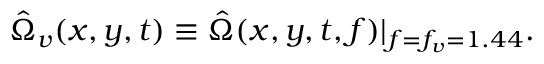
\hat { \Omega } _ { v } ( x , y , t ) \equiv \hat { \Omega } ( x , y , t , f ) | _ { f = f _ { v } = 1 . 4 4 } .